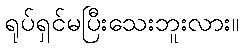
ရုပ်ရှင်မပြီးသေးဘူးလား။